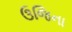
ઉજિના